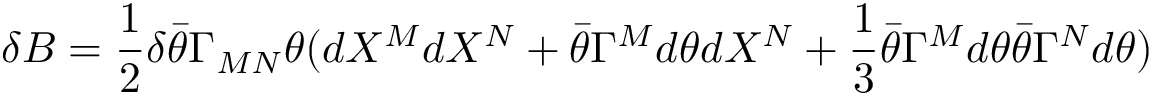
\delta B = { \frac { 1 } { 2 } } \delta \bar { \theta } \Gamma _ { M N } \theta ( d X ^ { M } d X ^ { N } + \bar { \theta } \Gamma ^ { M } d \theta d X ^ { N } + { \frac { 1 } { 3 } } \bar { \theta } \Gamma ^ { M } d \theta \bar { \theta } \Gamma ^ { N } d \theta )